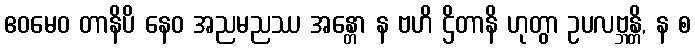
ဧဝမေဝ တာနိပိ နေဝ အညမညဿ အန္တော န ဗဟိ ဌိတာနိ ဟုတွာ ဥပလဗ္ဘန္တိ, န စ